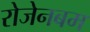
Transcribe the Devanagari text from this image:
रोजेनबम